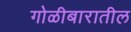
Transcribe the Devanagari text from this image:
गोळीबारातील